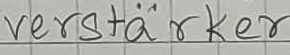
Text: verstärker